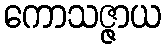
ကောသဇ္ဇာယ